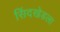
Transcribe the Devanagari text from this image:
सिंदखेडला